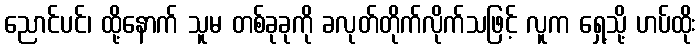
ညောင်ပင်၊ ထို့နောက် သူမ တစ်ခုခုကို ခလုတ်တိုက်လိုက်သဖြင့် လူက ရှေ့သို့ ဟပ်ထိုး